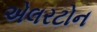
એલરટોન